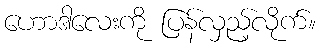
ဟောဒါလေးကို ပြန်လှည့်လိုက်။